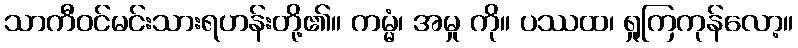
သာကီဝင်မင်းသားရဟန်းတို့၏။ ကမ္မံ၊ အမှု ကို။ ပဿထ၊ ရှုကြကုန်လော့။